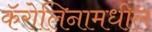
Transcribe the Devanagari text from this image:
कॅरोलिनामधील